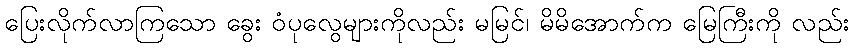
ပြေးလိုက်လာကြသော ခွေး ဝံပုလွေများကိုလည်း မမြင်၊ မိမိအောက်က မြေကြီးကို လည်း